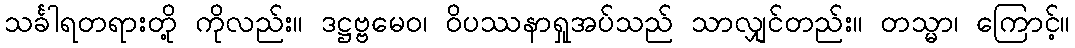
သင်္ခါရတရားတို့ ကိုလည်း။ ဒဋ္ဌဗ္ဗမေဝ၊ ဝိပဿနာရှုအပ်သည် သာလျှင်တည်း။ တသ္မာ၊ ကြောင့်။